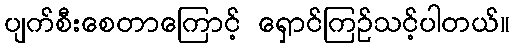
ပျက်စီးစေတာကြောင့် ရှောင်ကြဉ်သင့်ပါတယ်။